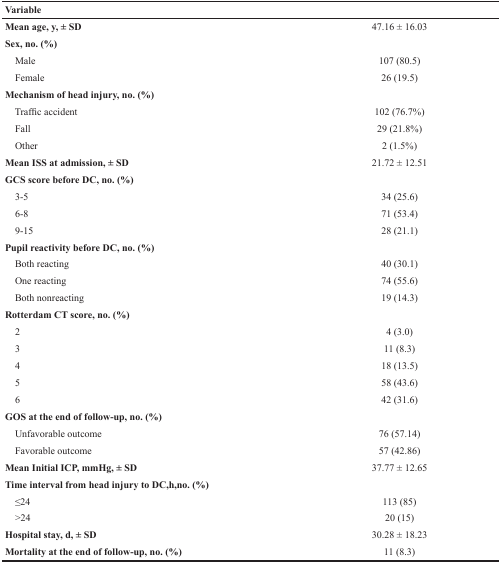
<table><thead><tr><td colspan="2"><b>Variable</b></td></tr></thead><tbody><tr><td><b>Mean age, y, ± SD</b></td><td>47.16 ± 16.03</td></tr><tr><td><b>Sex, no. (%)</b></td><td></td></tr><tr><td> Male</td><td>107 (80.5)</td></tr><tr><td> Female</td><td>26 (19.5)</td></tr><tr><td><b>Mechanism of head injury, no. (%)</b></td><td></td></tr><tr><td> Traffic accident</td><td>102 (76.7%)</td></tr><tr><td> Fall</td><td>29 (21.8%)</td></tr><tr><td> Other</td><td>2 (1.5%)</td></tr><tr><td><b>Mean ISS at admission, ± SD</b></td><td>21.72 ± 12.51</td></tr><tr><td><b>GCS score before DC, no. (%)</b></td><td></td></tr><tr><td> 3-5</td><td>34 (25.6)</td></tr><tr><td> 6-8</td><td>71 (53.4)</td></tr><tr><td> 9-15</td><td>28 (21.1)</td></tr><tr><td><b>Pupil reactivity before DC, no. (%)</b></td><td></td></tr><tr><td> Both reacting</td><td>40 (30.1)</td></tr><tr><td> One reacting</td><td>74 (55.6)</td></tr><tr><td> Both nonreacting</td><td>19 (14.3)</td></tr><tr><td><b>Rotterdam CT score, no. (%)</b></td><td></td></tr><tr><td> 2</td><td>4 (3.0)</td></tr><tr><td> 3</td><td>11 (8.3)</td></tr><tr><td> 4</td><td>18 (13.5)</td></tr><tr><td> 5</td><td>58 (43.6)</td></tr><tr><td> 6</td><td>42 (31.6)</td></tr><tr><td><b>GOS at the end of follow-up, no. (%)</b></td><td></td></tr><tr><td> Unfavorable outcome</td><td>76 (57.14)</td></tr><tr><td> Favorable outcome</td><td>57 (42.86)</td></tr><tr><td><b>Mean Initial ICP, mmHg, ± SD</b></td><td>37.77 ± 12.65</td></tr><tr><td><b>Time interval from head injury to DC,h,no. (%)</b></td><td></td></tr><tr><td> ≤24</td><td>113 (85)</td></tr><tr><td> &gt;24</td><td>20 (15)</td></tr><tr><td><b>Hospital stay, d, ± SD</b></td><td>30.28 ± 18.23</td></tr><tr><td><b>Mortality at the end of follow-up, no. (%)</b></td><td>11 (8.3)</td></tr></tbody></table>